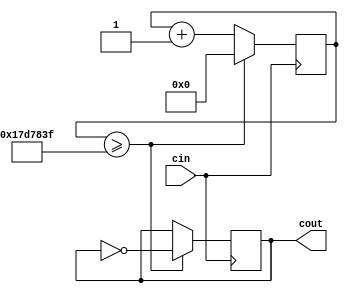
module ClockDivider(cin,cout);

// written by Jaspal Singh

input cin;
output reg cout;
   
reg[31:0] count     = 32'd0;
parameter D         = 25000000;         // toggle every 0.5 sec  

always @(posedge cin) begin
        
    if (count >= D-1) begin             //reset to 0
        count <= 32'd0;
        cout  <= ~cout;                 // toggle           
    end else begin
        count <= count + 32'd1;
    end
end

endmodule